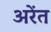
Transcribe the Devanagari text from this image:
अरेंत